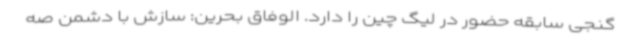
گنجی سابقه حضور در لیگ چین را دارد. الوفاق بحرین: سازش با دشمن صه